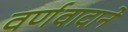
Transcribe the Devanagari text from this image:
वर्णवादाने